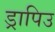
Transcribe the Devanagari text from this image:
ड्रापिउ